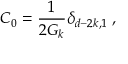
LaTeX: C _ { 0 } = \frac { 1 } { 2 G _ { k } } \delta _ { d - 2 k , 1 } \; ,